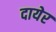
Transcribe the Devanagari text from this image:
दायेर